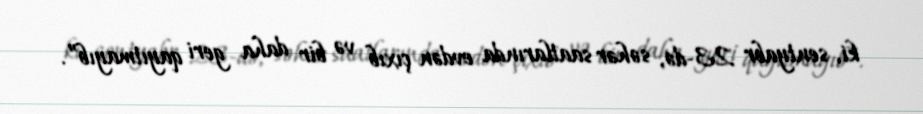
ki, sentyabr 23-də, səhər saatlarında evdən çıxıb və bir daha geri qayıtmayıb”.